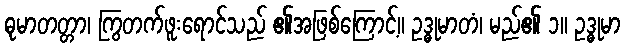
ဓုမာတတ္တာ၊ ကြွတက်ဖူးရောင်သည် ၏အဖြစ်ကြောင့်။ ဥဒ္ဓုမာတံ၊ မည်၏ ၁။ ဥဒ္ဓုမာ